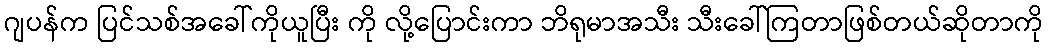
ဂျပန်က ပြင်သစ်အခေါ်ကိုယူပြီး ကို လို့ပြောင်းကာ ဘိရုမာအသီး သီးခေါ်ကြတာဖြစ်တယ်ဆိုတာကို